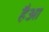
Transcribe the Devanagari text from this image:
हैआ